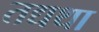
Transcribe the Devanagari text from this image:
तद्यथा